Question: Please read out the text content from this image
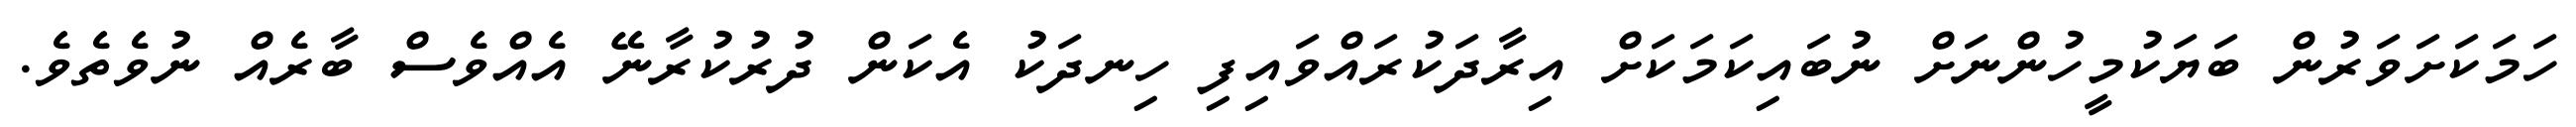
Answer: ހަމަކަށަވަރުން ބަޔަކުމީހުންނަށް ނުބައިކަމަކަށް އިރާދަކުރައްވައިފި ހިނދަކު އެކަން ދުރުކުރާނޭ އެއްވެސް ބާރެއް ނުވެތެވެ.